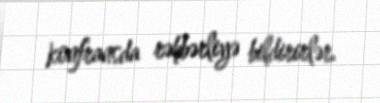
konfransda rəhbərliyə bildirirlər.